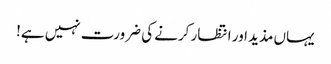
یہاں مذید اور انتظار کرنے کی ضرورت نہیں ہے!